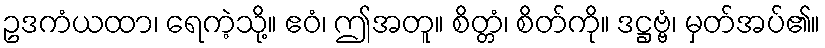
ဥဒကံယထာ၊ ရေကဲ့သို့။ ဧဝံ၊ ဤအတူ။ စိတ္တံ၊ စိတ်ကို။ ဒဋ္ဌဗ္ဗံ၊ မှတ်အပ်၏။